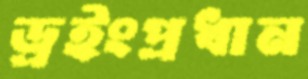
ড্রইংপ্রধান